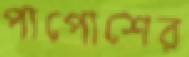
পাপোশের